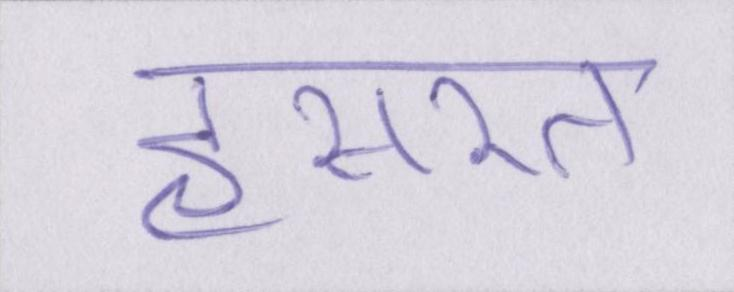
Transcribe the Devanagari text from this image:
हसरत